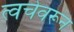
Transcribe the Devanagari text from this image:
त्वचेवरून